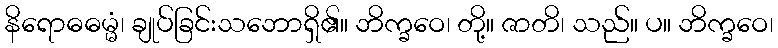
နိရောဓဓမ္မံ၊ ချုပ်ခြင်းသဘောရှိ၏။ ဘိက္ခဝေ၊ တို့။ ဇာတိ၊ သည်။ ပ။ ဘိက္ခဝေ၊